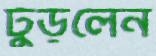
ঢুঁড়লেন